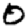
Digit: 0